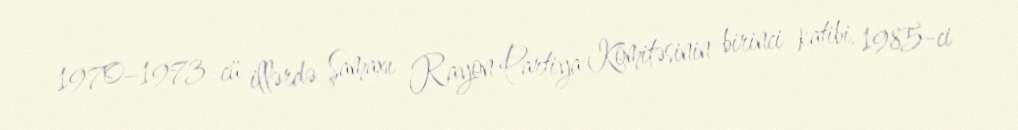
1970–1973-cü illərdə Şamaxı Rayon Partiya Komitəsinin birinci katibi, 1985-ci